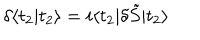
LaTeX: \delta \langle t _ { 2 } | t _ { 2 } \rangle = i \langle t _ { 2 } | \delta \tilde { S } | t _ { 2 } \rangle